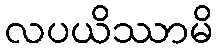
လပယိဿာမိ